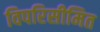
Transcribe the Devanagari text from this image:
विपरिसीमित